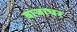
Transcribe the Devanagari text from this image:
बाजाघर